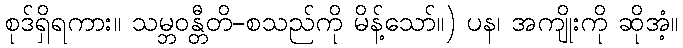
စုဒ်ရှိရကား။ သမ္ဘဝန္တီတိ-စသည်ကို မိန့်သော်။) ပန၊ အကျိုးကို ဆိုအံ့။